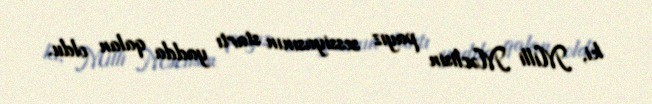
ki, Milli Məclisin payız sessiyasının startı yadda qalan oldu.